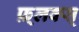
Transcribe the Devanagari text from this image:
फ़्लक्स्